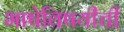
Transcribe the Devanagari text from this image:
भाषेविषयीची